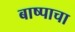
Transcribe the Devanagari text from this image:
बाष्पाचा